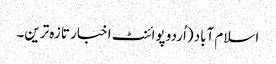
اسلام آباد (اُردو پوائنٹ اخبار تازہ ترین۔